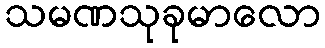
သမဏသုခုမာလော